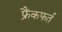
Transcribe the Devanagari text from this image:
फ्रैंकफर्त